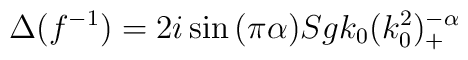
\Delta(f^{-1})=2 i \sin{(\pi\alpha)}Sgk_0(k_0^2)_+^{-\alpha}